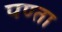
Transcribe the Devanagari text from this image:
पण्ता